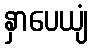
နှာပေယျံ